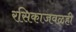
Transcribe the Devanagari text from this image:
रसिकाजवळही